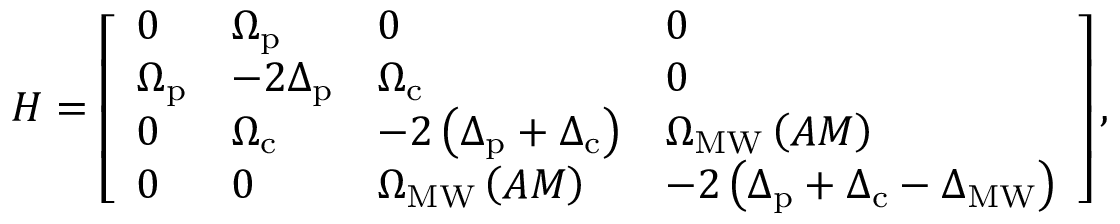
H = \left[ \begin{array} { l l l l } { 0 } & { \Omega _ { \mathrm { p } } } & { 0 } & { 0 } \\ { \Omega _ { \mathrm { p } } } & { - 2 \Delta _ { \mathrm { p } } } & { \Omega _ { \mathrm { c } } } & { 0 } \\ { 0 } & { \Omega _ { \mathrm { c } } } & { - 2 \left( \Delta _ { \mathrm { p } } + \Delta _ { \mathrm { c } } \right) } & { \Omega _ { \mathrm { M W } } \left( A M \right) } \\ { 0 } & { 0 } & { \Omega _ { \mathrm { M W } } \left( A M \right) } & { - 2 \left( \Delta _ { \mathrm { p } } + \Delta _ { \mathrm { c } } - \Delta _ { { \mathrm { M W } } } \right) } \end{array} \right] ,